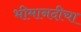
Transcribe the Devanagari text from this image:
भीमानदीचा